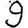
Digit: 9